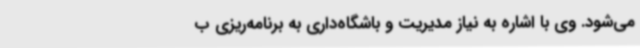
می‌شود. وی با اشاره به نیاز مدیریت و باشگاه‌داری به برنامه‌ریزی ب